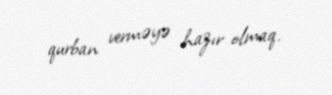
qurban verməyə hazır olmaq.